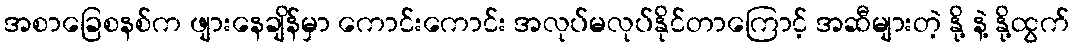
အစာခြေစနစ်က ဖျားနေချိန်မှာ ကောင်းကောင်း အလုပ်မလုပ်နိုင်တာကြောင့် အဆီများတဲ့ နို့ နဲ့ နို့ထွက်